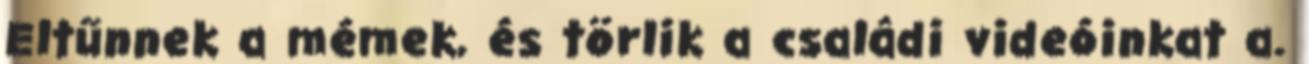
Eltűnnek a mémek, és törlik a családi videóinkat a.